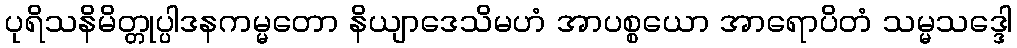
ပုရိသနိမိတ္တုပ္ပါဒနကမ္မတော နိယျာဒေသိမဟံ အာပစ္စယော အာရောပိတံ သမ္မသဒ္ဒေါ